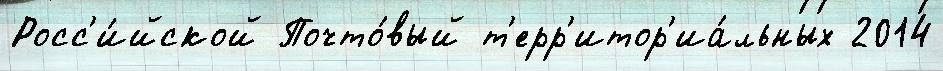
Росс'и́йской Почто́вый т'ерр'итор'иа́льных 2014